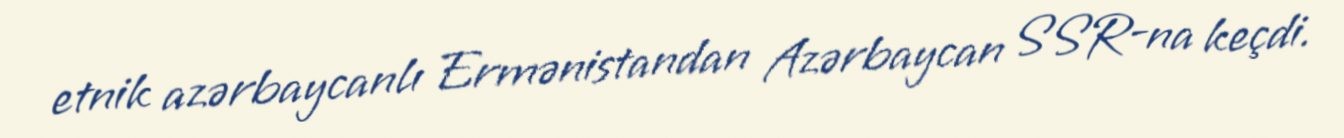
etnik azərbaycanlı Ermənistandan Azərbaycan SSR-na keçdi.